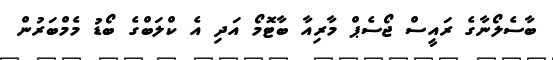
ބާސެލޯނާގެ ރައީސް ޖޯސެޕް މާރިއާ ބާޓޮމޯ އަދި އެ ކްލަބްގެ ބޯޑު މެމްބަރުން